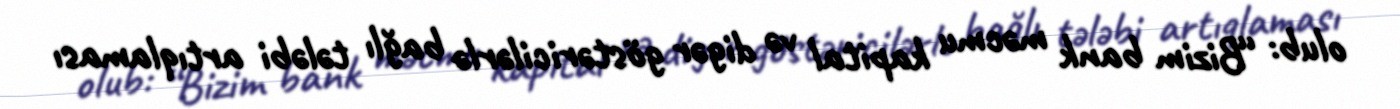
olub: “Bizim bank məcmu kapital və digər göstəricilərlə bağlı tələbi artıqlaması